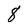
Character: 8